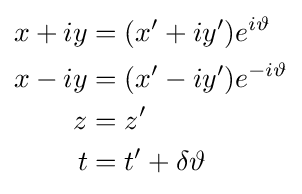
\scriptstyle {\begin{aligned}x+iy&=(x'+iy')e^{i\vartheta }\\x-iy&=(x'-iy')e^{-i\vartheta }\\z&=z'\\t&=t'+\delta \vartheta \end{aligned}}